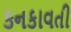
કનકાવતી